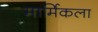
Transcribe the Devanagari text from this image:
मार्मिकला